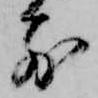
前